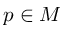
p \in M